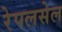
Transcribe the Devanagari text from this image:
रेपलसेल